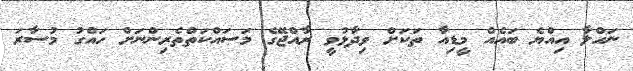
ނަހްލާ އިއްޔެ ބައެއް މީޑިއާ ތަކަށް ވިދާޅުވީ ރާއްޖޭގެ މަސައްކަތްތެރިންނަށް ހައްގު މުސާރަ